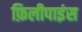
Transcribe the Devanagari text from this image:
फ़िलीपाइंस